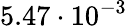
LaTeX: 5.47\cdot 10^{-3}